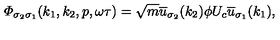
{ \mit \Phi } _ { \sigma _ { 2 } \sigma _ { 1 } } ( k _ { 1 } , k _ { 2 } , p , \omega \tau ) = \sqrt { m } \overline { { u } } _ { \sigma _ { 2 } } ( k _ { 2 } ) \phi U _ { c } \overline { { u } } _ { \sigma _ { 1 } } ( k _ { 1 } ) ,